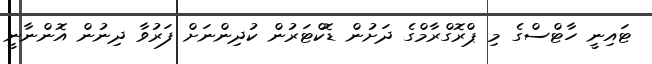
ޓައިނީ ހާޓްސްގެ މި ޕްރޮގްރާމްގެ ދަށުން ޑޮކްޓަރުން ކުދިންނަށް ފަރުވާ ދިނުން އޮންނާނީ